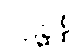
ပဋိစ္ဆန္နံ